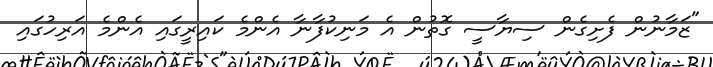
"ޒަމާނުން ފެށިގެން ސިޔާސީ ގޮތުން އެ މަނިކުފާނާ އެންމެ ކައިރީގައި އެންމެ އަރިހުގައި